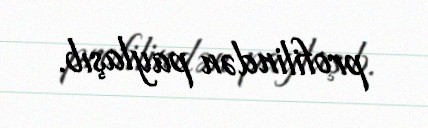
profilindən paylaşıb.